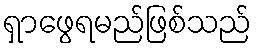
ရှာဖွေရမည်ဖြစ်သည်